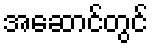
အဆောင်တွင်